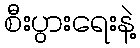
စီးပွားရေးနဲ့